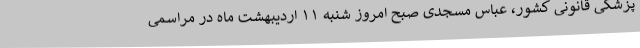
پزشکی قانونی کشور، عباس مسجدی صبح امروز شنبه ۱۱ اردیبهشت ماه در مراسمی